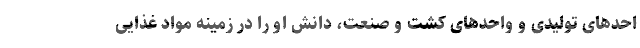
احد‌های تولیدی و واحد‌های کشت و صنعت، دانش او را در زمینه مواد غذایی